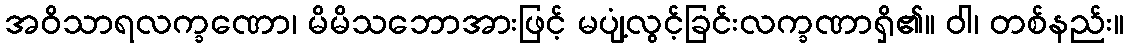
အဝိသာရလက္ခဏော၊ မိမိသဘောအားဖြင့် မပျံ့လွင့်ခြင်းလက္ခဏာရှိ၏။ ဝါ၊ တစ်နည်း။